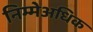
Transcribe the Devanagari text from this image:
निम्मेअधिक